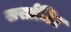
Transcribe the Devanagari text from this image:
सर्सालिर